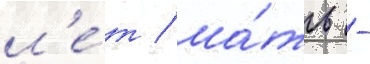
л'е́т / ма́ть -